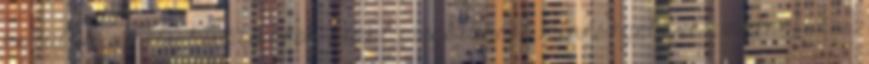
közülük, amely kiváló áron kínál megbízható minőséget.Ezt az elsőfékes